Scottish Leaving Certificate Examination, 1958
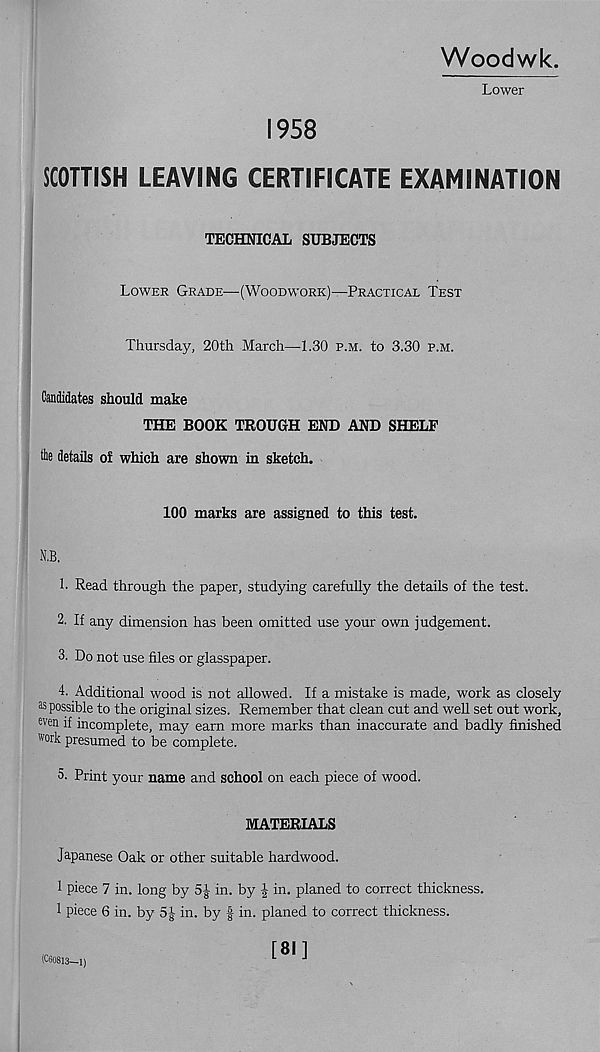
Woodwk.
Lower
1958
SCOTTISH LEAVING CERTIFICATE EXAMINATION
TECHNICAL SUBJECTS
Lower Grade—(Woodwork)—Practical Test
Thursday, 20th March—-1.30 p.m. to 3.30 p.m.
Candidates should make
THE BOOK TROUGH END AND SHELF
the details of which are shown in sketch.
100 marks are assigned to this test.
N.B.
1. Read through the paper, studying carefully the details of the test.
2. If any dimension has been omitted use your own judgement.
3. Do not use files or glasspaper.
4. Additional wood is not allowed. If a mistake is made, work as closely
35 possible to the original sizes. Remember that clean cut and well set out work,
wen if incomplete, may earn more marks than inaccurate and badly finished
work presumed to be complete.
5. Print your name and school on each piece of wood.
MATERIALS
Japanese Oak or other suitable hardwood.
1 piece 7 in. long by 5| in. by | in. planed to correct thickness.
1 piece 6 in. by 5J in. by | in. planed to correct thickness.
(060813—1)
[81]